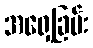
အရှေ့ခြမ်း